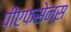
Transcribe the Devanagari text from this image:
पीएफसेन्स